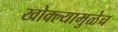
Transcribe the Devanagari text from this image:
खोक्ल्यामुळेच